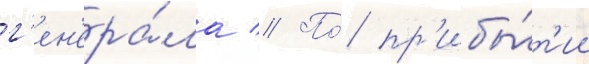
г'ен'ера́ла // По́ пр'ибы́т'ии